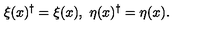
\xi ( x ) ^ { \dagger } = \xi ( x ) , \ \eta ( x ) ^ { \dagger } = \eta ( x ) .